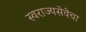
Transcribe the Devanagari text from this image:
स्वराज्यसेवेचा